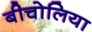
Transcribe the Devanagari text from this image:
बीचोलिया